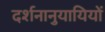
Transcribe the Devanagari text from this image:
दर्शनानुयायियों